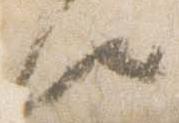
候